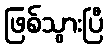
ဖြစ်သွားပြီ